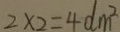
2 \times 2 = 4 d m ^ { 2 }